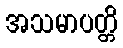
အသမာပတ္တိ